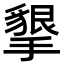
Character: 𭢩